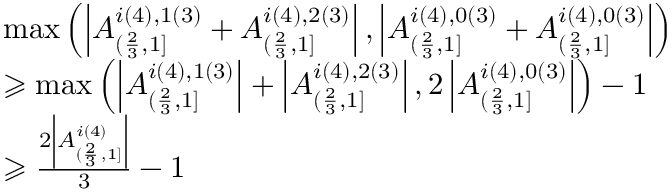
\begin{array} { r l } & { \operatorname* { m a x } \left( \left| A _ { ( \frac { 2 } { 3 } , 1 ] } ^ { i ( 4 ) , 1 ( 3 ) } + A _ { ( \frac { 2 } { 3 } , 1 ] } ^ { i ( 4 ) , 2 ( 3 ) } \right| , \left| A _ { ( \frac { 2 } { 3 } , 1 ] } ^ { i ( 4 ) , 0 ( 3 ) } + A _ { ( \frac { 2 } { 3 } , 1 ] } ^ { i ( 4 ) , 0 ( 3 ) } \right| \right) } \\ & { \geqslant \operatorname* { m a x } \left( \left| A _ { ( \frac { 2 } { 3 } , 1 ] } ^ { i ( 4 ) , 1 ( 3 ) } \right| + \left| A _ { ( \frac { 2 } { 3 } , 1 ] } ^ { i ( 4 ) , 2 ( 3 ) } \right| , 2 \left| A _ { ( \frac { 2 } { 3 } , 1 ] } ^ { i ( 4 ) , 0 ( 3 ) } \right| \right) - 1 } \\ & { \geqslant \frac { 2 \left| A _ { ( \frac { 2 } { 3 } , 1 ] } ^ { i ( 4 ) } \right| } { 3 } - 1 } \end{array}